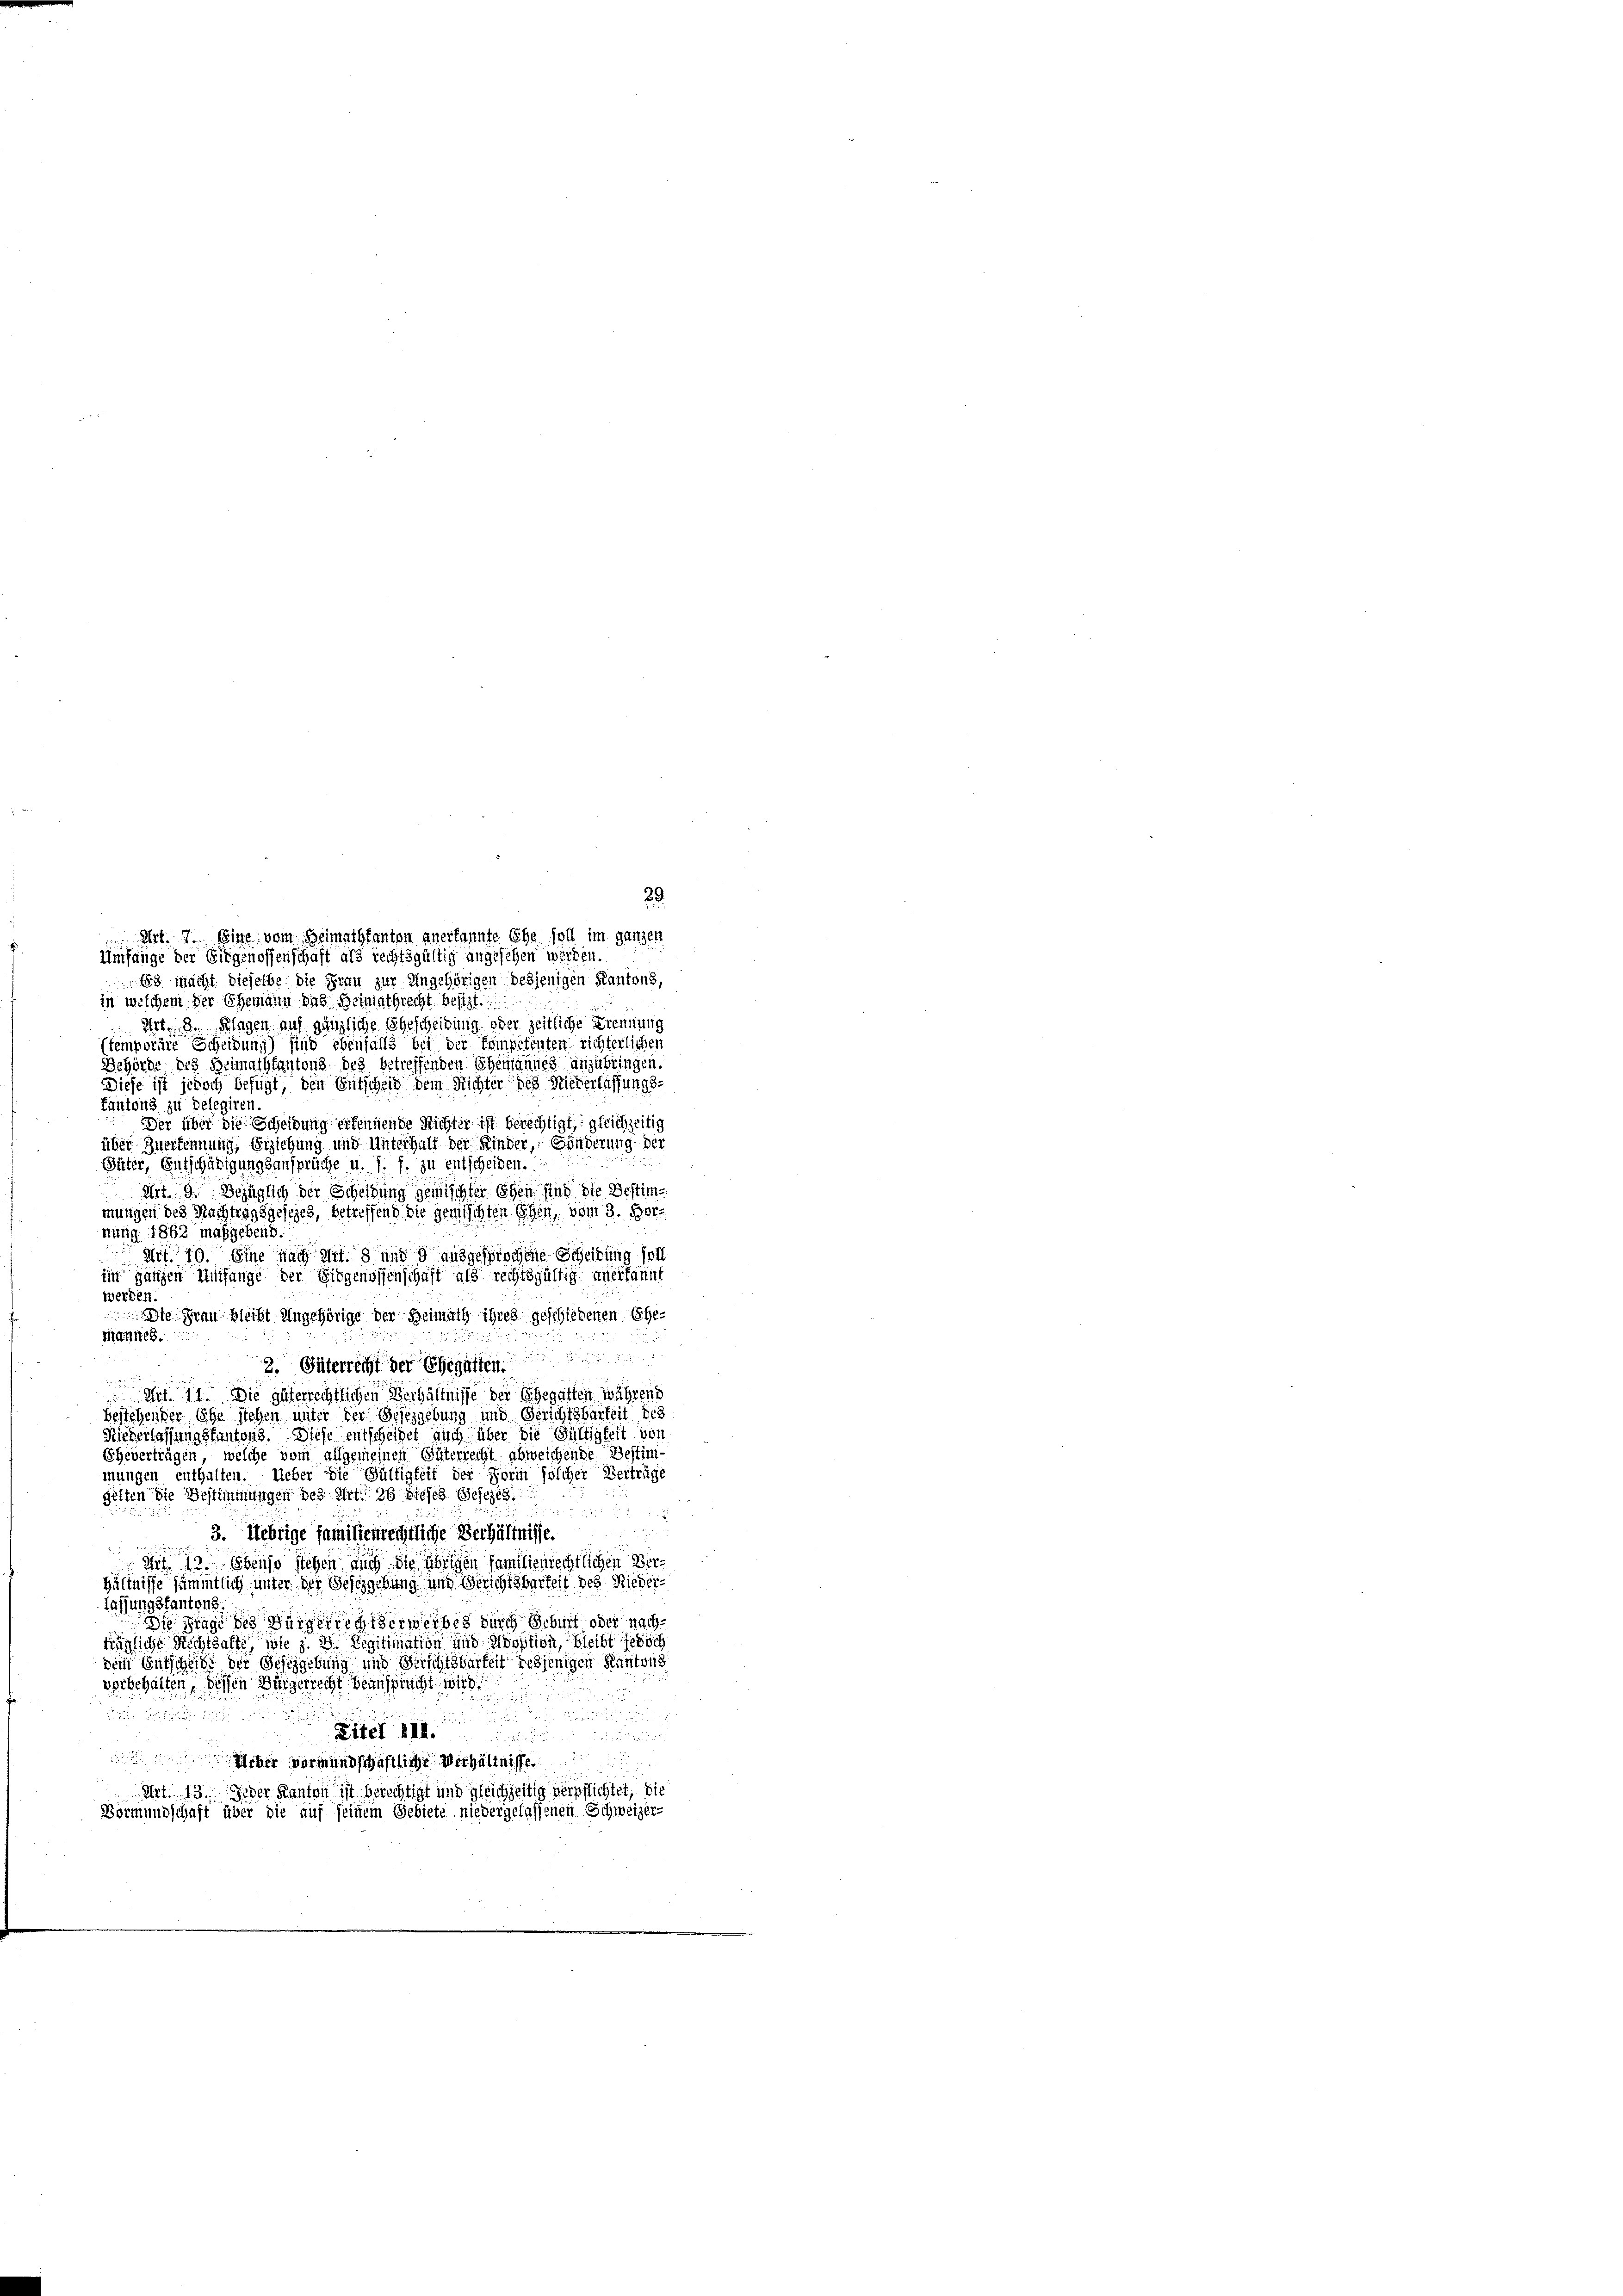
Art. 7. Eine vom Heimathkanton anerkannte Ehe soll im ganzen
Umfange der Eidgenossenschaft als rechtsgültig angesehen werden.
88 macht dieselbe die Frau zur Angehörigen desjenigen Kantons,
in welchem der Ehemann das Heimathrecht besizt.
Art. 8. Klagen auf gänzliche Gescheidung, oder Zeitliche Trennung
(temporäre Scheidung) sind ebenfalls bei der Kompetenten richterlichen
Behörde des Heimathtantons des betreffenden Ehemannes anzubringen.
Diese ist jedoch befugt, den Entscheid dem Richter des Niederlassungs¬
Fantons zu Delegiren.
Der über die Scheidung erkennende Richter ist berechtigt, gleichzeitig
über Zuerkennung, Erziehung und Unterhalt der Kinder, Händerung der
Gütter, Entschädigungsansprüche u. s. f. zu entscheiden.
Art. 9. Bezüglich der Scheidung gemischter Ehen sind die Bestim¬
u
mungen des Nachtragsgesezes, betreffend die gemischten Ehen, vom 3. 502.
nung 1862 maßgebend.
Art. 10. Eine nach Art. 8 und d ausgesprochene Scheidung soll
Ein ganzen Umfange der Eidgenossenschaft als rechtsgültig anerkannt
werden.
Die Frau bleibt Angehörige der Heimath ihres geschiedenen Ehe-
Mannes.
2. Güterrecht der Ehegatten
Mit 11. Die güterrechtlichen Verhältnisse der Ehegatten während
bestehender Ehe stehen unter der Gesezgebung und Gerichtsbarkeit des
Riederlassungskantons. Diese entscheidet auch über die Gültigkeit von
Eheverträgen, welche vom allgemeinen Güterrecht abweichende Bestim-
mungen enthalten. Ueber die Gültigkeit der Form solcher Verträge
gelten die Bestimmungen des Art. 26 dieses Gesezes

3. Uebrige familienrechtliche Verhältnisse.
Art. 13. Ebenso stehen auch die übrigen Familienrechtlichen Verhältnisse sämmtlich unter der Gesezgebung und Gerichtsbarkeit des Niederlassungsfantens.
Die Frage des Bürgerrechtserwerbes durch Geburt oder nachträgliche Rechtsalte, wie z. B. Legitimation und Adoption, bleibt jedoch
dem Gutscheide der Geschgebung und Berichtsbarkeit desjenigen Kantons
vorbehalten, dessen Bürgerrecht beanspracht wird
2

n u.
Liter A
a

ber vormundschaftliche Verhältnisse
Art. 13. Jeder Kanton ist berichtigt und gleichzeitig verpflichtet, die
Bormundschaft über die auf seinem Gebiete niedergelassenen Schweizer-

29.